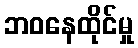
ဘဝနေထိုင်မှု